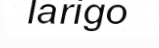
larigo